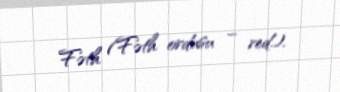
Fəth (Fəth ordusu – red.).